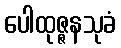
ပေါထုဇ္ဇနသုခံ